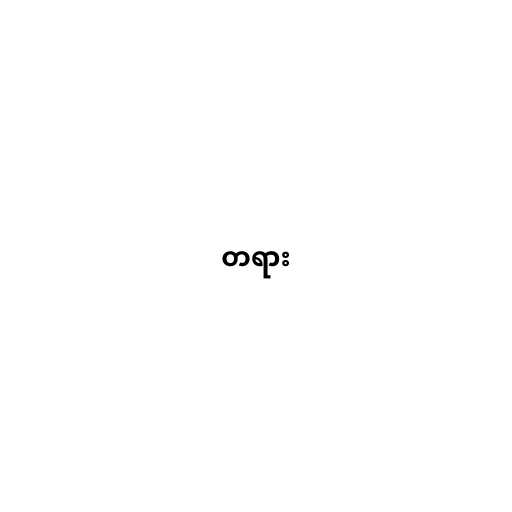
တရား